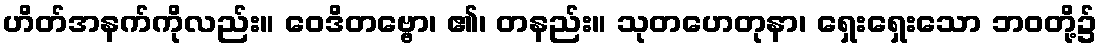
ဟိတ်အနက်ကိုလည်း။ ဝေဒိတဗ္ဗော၊ ၏၊ တနည်း။ သုတဟေတုနာ၊ ရှေးရှေးသော ဘဝတို့၌